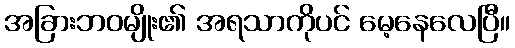
အခြားဘဝမျိုး၏ အရသာကိုပင် မေ့နေလေပြီ။